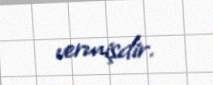
vermişdir.